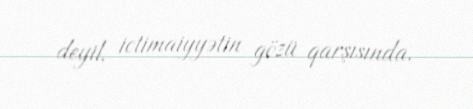
deyil, ictimaiyyətin gözü qarşısında.